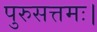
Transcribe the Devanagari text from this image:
पुरुसत्तमः।